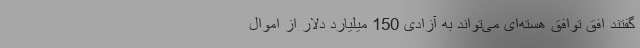
گفتند افق توافق هسته‌ای می‌تواند به آزادی 150 میلیارد دلار از اموال